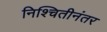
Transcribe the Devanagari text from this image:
निश्चितीनंतर